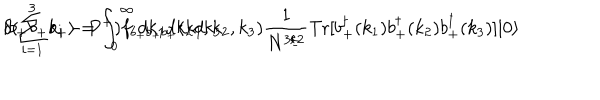
| b _ { + } b _ { + } b _ { + } \rangle = \int _ { 0 } ^ { \infty } d k _ { 1 } d k _ { 2 } d k _ { 3 } \hspace { 1 m m } \delta ( \sum _ { i = 1 } ^ { 3 } k _ { i } - P ^ { + } ) f _ { b _ { + } b _ { + } b _ { + } } ( k _ { 1 } , k _ { 2 } , k _ { 3 } ) \frac { 1 } { N ^ { 3 / 2 } } \mathrm { T r } [ b _ { + } ^ { \dagger } ( k _ { 1 } ) b _ { + } ^ { \dagger } ( k _ { 2 } ) b _ { + } ^ { \dagger } ( k _ { 3 } ) ] | 0 \rangle